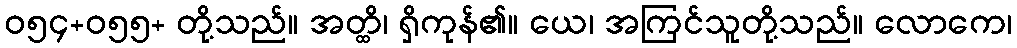
ဝ၅၄+၀၅၅+ တို့သည်။ အတ္ထိ၊ ရှိကုန်၏။ ယေ၊ အကြင်သူတို့သည်။ လောကေ၊